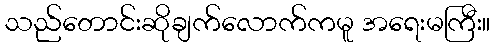
သည်တောင်းဆိုချက်လောက်ကမူ အရေးမကြီး။